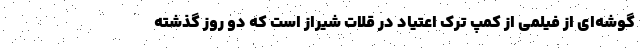
گوشه‌ای از فیلمی از کمپ ترک اعتیاد در قلات شیراز است که دو روز گذشته